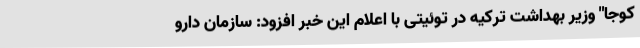
کوجا" وزیر بهداشت ترکیه در توئیتی با اعلام این خبر افزود: سازمان دارو